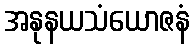
အနုနယသံယောဇနံ